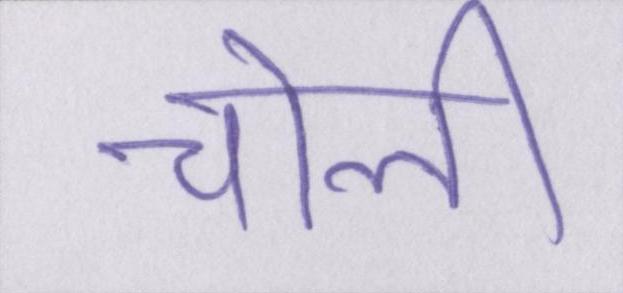
चोली